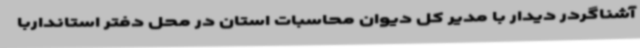
آشناگردر دیدار با مدیر کل دیوان محاسبات استان در محل دفتر استانداربا